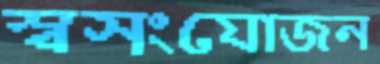
স্বসংযোজন